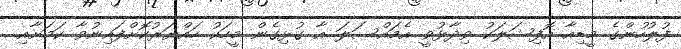
ފުލުހުންގެ މީޑިއާ އޮފިޝަލަކު ވިދާޅުވީ އެމައްސަލަ އާ ގުޅިގެން މީހަކު ހައްޔަރުކޮށްފައިނުވާ ކަމަށާއި